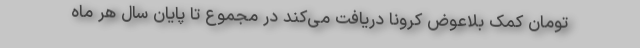
تومان کمک بلاعوض کرونا دریافت می‌کند در مجموع تا پایان سال هر ماه